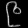
Digit: ၉